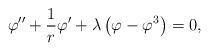
\begin{align*}\varphi'' + {1\over r}\varphi' + \lambda\left(\varphi - \varphi^3\right)=0,\end{align*}